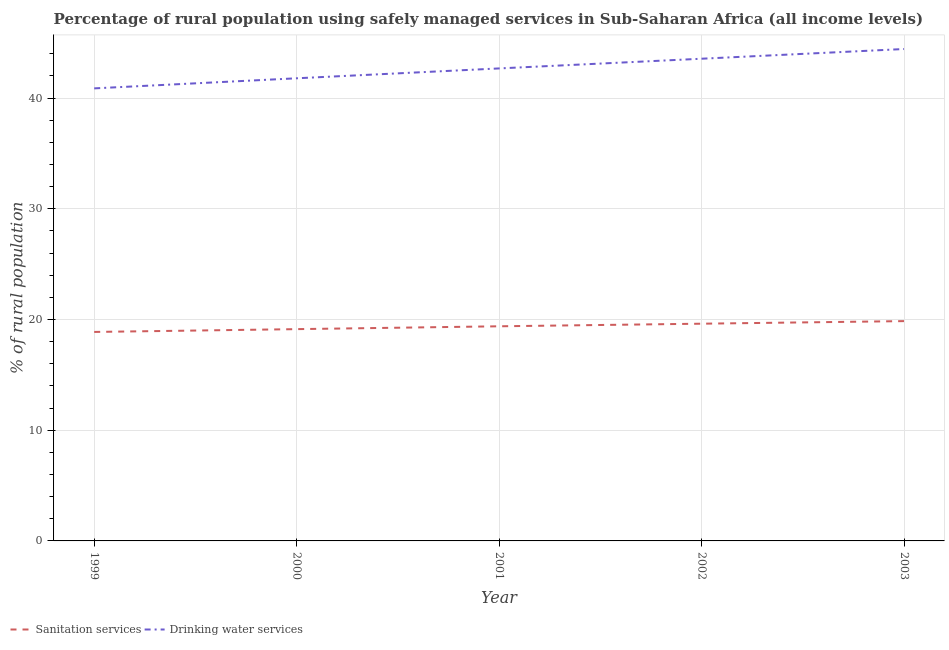
| Year | Sanitation services | Drinking water services |
 | --- | --- | --- |
 | 1999 | 18.9 | 40.9 |
 | 2000 | 19.1 | 41.8 |
 | 2001 | 19.4 | 42.7 |
 | 2002 | 19.6 | 43.5 |
 | 2003 | 19.9 | 44.4 |